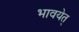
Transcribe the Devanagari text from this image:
भावयेत्‌